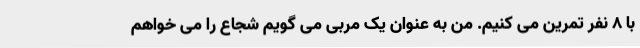
با 8 نفر تمرین می کنیم. من به عنوان یک مربی می گویم شجاع را می خواهم